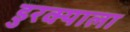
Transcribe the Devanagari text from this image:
डुरक्याला